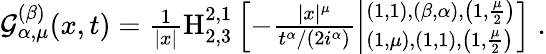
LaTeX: \begin{array}{r}{{\cal{G}}_{\alpha,\mu}^{(\beta)}(x,t)=\frac{1}{|x|}{\mathrm{H}}_{2,3}^{2,1}\left[-\frac{|x|^{\mu}}{t^{\alpha}/(2i^{\alpha})}\left|^{\left(1,1\right),\left(\beta,\alpha\right),\left(1,\frac{\mu}{2}\right)}_{\left(1,\mu\right),\left(1,1\right),\left(1,\frac{\mu}{2}\right)}\right.\right]\; .}\end{array}